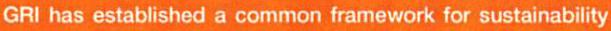
GRI has established a common framework for sustainability